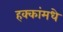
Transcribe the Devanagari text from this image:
हक्कांमधे